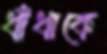
ধাঁধাকে